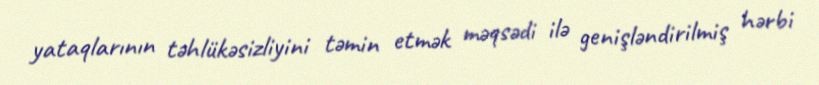
yataqlarının təhlükəsizliyini təmin etmək məqsədi ilə genişləndirilmiş hərbi